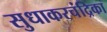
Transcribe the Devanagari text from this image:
सुधाकरचंद्रिका